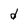
Character: d